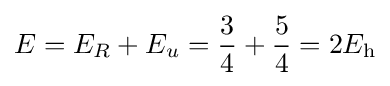
E=E_{R}+E_{u}={\frac {3}{4}}+{\frac {5}{4}}=2E_{\mathrm {h} }